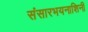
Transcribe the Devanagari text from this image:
संसारभयनाशिनी